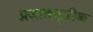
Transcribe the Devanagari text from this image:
प्रजातन्त्रीक